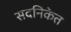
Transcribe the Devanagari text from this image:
सदनिकेत